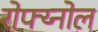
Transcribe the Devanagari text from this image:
रोफ्य्नोल